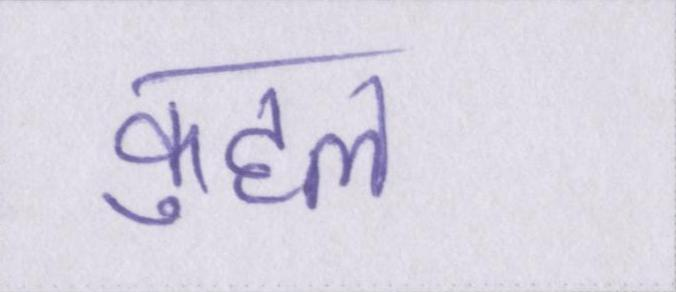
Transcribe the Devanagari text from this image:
कुहल